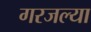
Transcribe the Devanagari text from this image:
गरजल्या